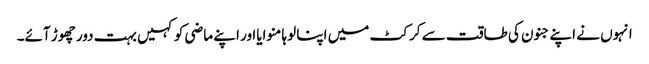
انہوں نے اپنے جنون کی طاقت سے کرکٹ میں اپنا لوہا منوایااور اپنے ماضی کو کہیں بہت دور چھوڑ آئے۔